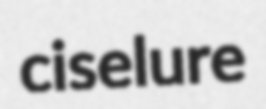
ciselure